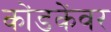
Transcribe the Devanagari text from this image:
कोंडकेंवर